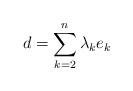
\begin{align*}d = \sum_{k=2}^{n} \lambda_k e_k \\\end{align*}